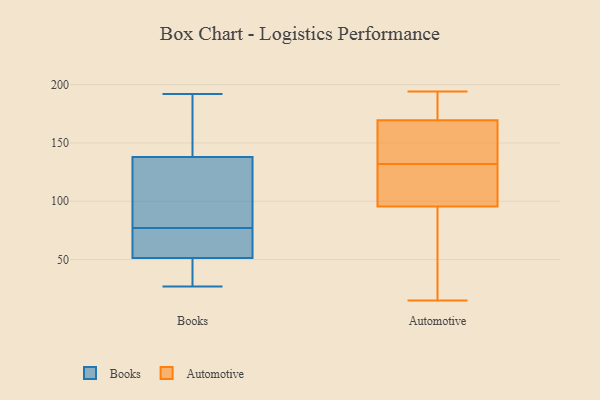
{"axis": {"x": "Headcount", "y": "Value"}, "legend": ["Automotive", "Books"], "data": [{"x": "", "y": 108, "type": "Books"}, {"x": "", "y": 51, "type": "Books"}, {"x": "", "y": 54, "type": "Books"}, {"x": "", "y": 192, "type": "Books"}, {"x": "", "y": 52, "type": "Books"}, {"x": "", "y": 148, "type": "Books"}, {"x": "", "y": 160, "type": "Books"}, {"x": "", "y": 85, "type": "Books"}, {"x": "", "y": 77, "type": "Books"}, {"x": "", "y": 27, "type": "Books"}, {"x": "", "y": 49, "type": "Books"}, {"x": "", "y": 136, "type": "Automotive"}, {"x": "", "y": 133, "type": "Automotive"}, {"x": "", "y": 114, "type": "Automotive"}, {"x": "", "y": 172, "type": "Automotive"}, {"x": "", "y": 181, "type": "Automotive"}, {"x": "", "y": 165, "type": "Automotive"}, {"x": "", "y": 103, "type": "Automotive"}, {"x": "", "y": 93, "type": "Automotive"}, {"x": "", "y": 89, "type": "Automotive"}, {"x": "", "y": 171, "type": "Automotive"}, {"x": "", "y": 16, "type": "Automotive"}, {"x": "", "y": 15, "type": "Automotive"}, {"x": "", "y": 121, "type": "Automotive"}, {"x": "", "y": 194, "type": "Automotive"}, {"x": "", "y": 132, "type": "Automotive"}]}